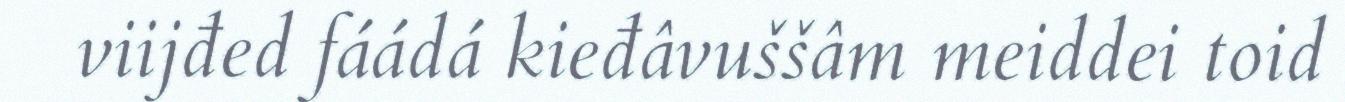
viijđed fáádá kieđâvuššâm meiddei toid